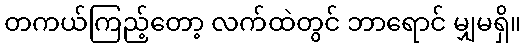
တကယ်ကြည့်တော့ လက်ထဲတွင် ဘာရောင် မျှမရှိ။